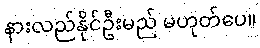
နားလည်နိုင်ဦးမည် မဟုတ်ပေ။